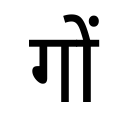
OCR:
गों